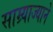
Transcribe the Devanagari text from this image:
साम्र्याज्याने